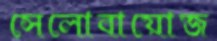
সেলোবায়োজ